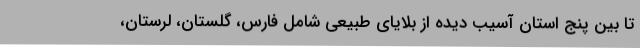
تا بین پنج استان آسیب دیده از بلایای طبیعی شامل فارس، گلستان، لرستان،